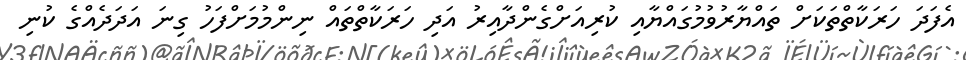
އެފަދަ ހަރަކާތްތަކަށް ތައްޔާރުވުމުގައްޔާއި ކުރިއަށްގެންދާއިރު އަދި ހަރަކާތްތައް ނިންމުމަށްފަހު ގިނަ އަދަދެއްގެ ކުނި